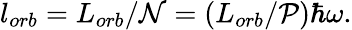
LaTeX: l_{orb}=L_{orb}/\mathcal{N}=(L_{orb}/\mathcal{P})\hbar\omega.